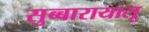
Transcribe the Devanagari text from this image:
सुब्बारायालू